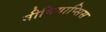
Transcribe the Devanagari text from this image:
नीमियाप्सिस